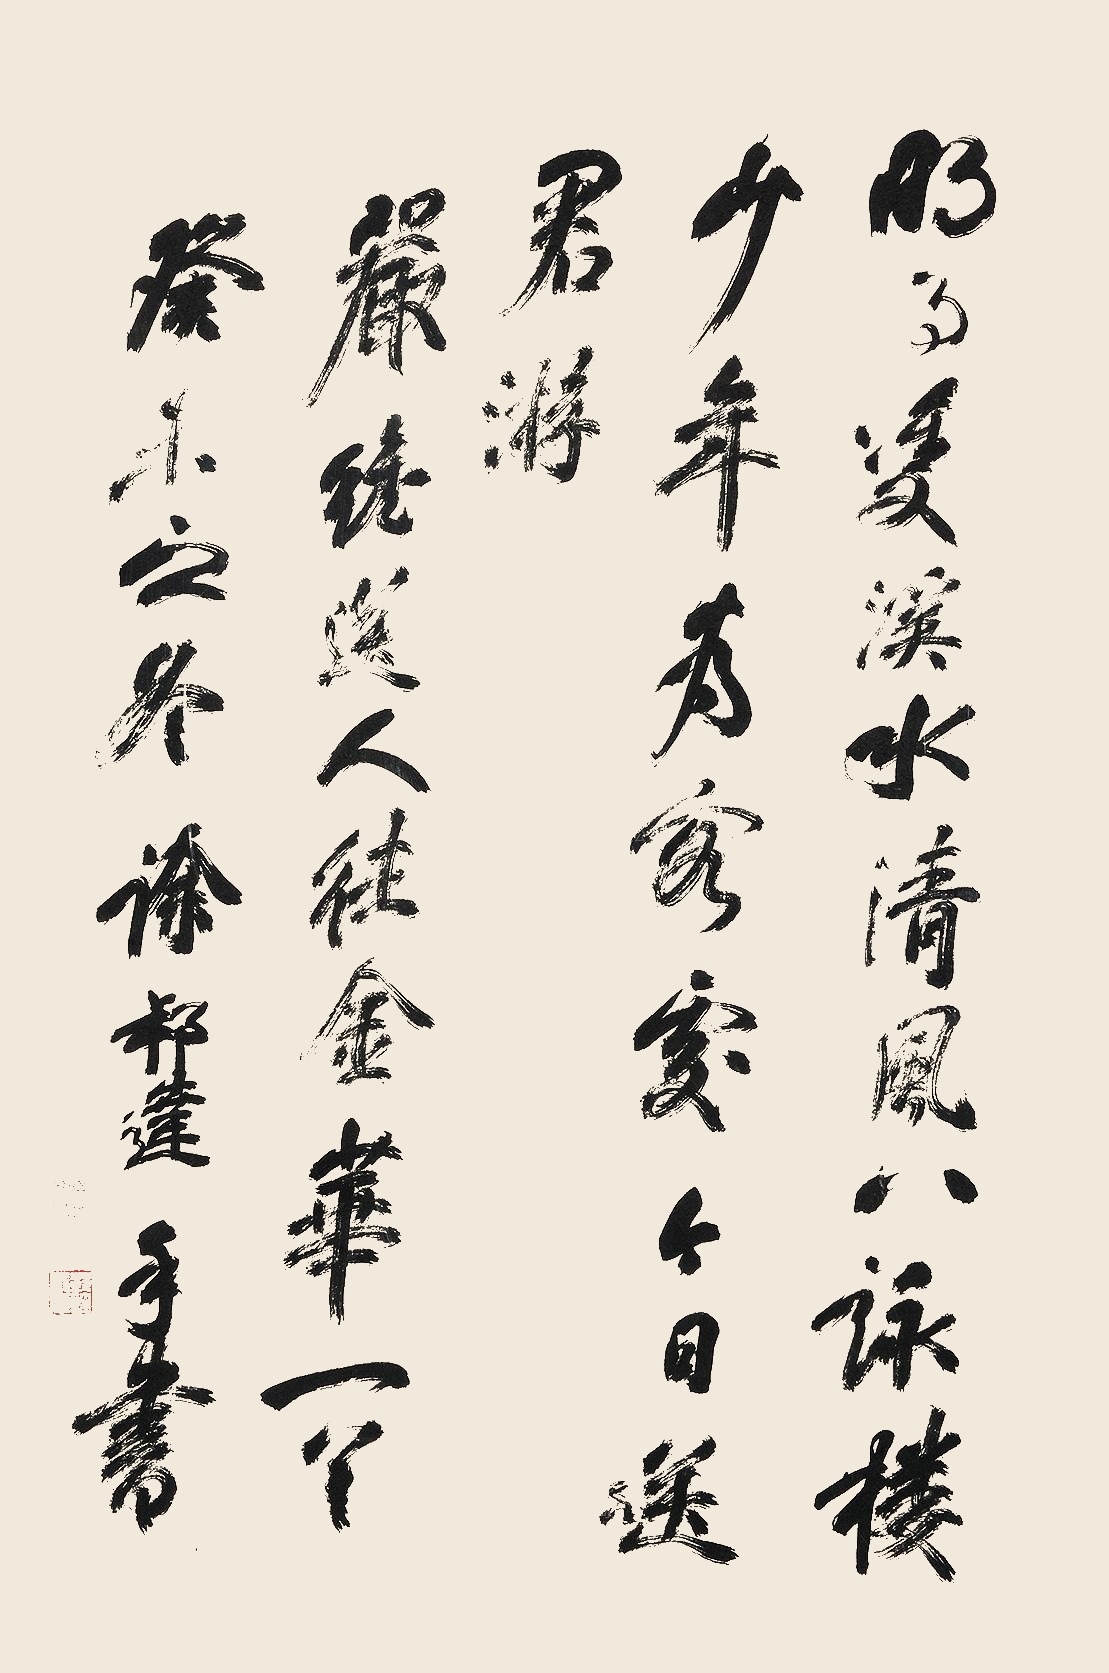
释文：明月双溪水，清风八咏楼。昔年为客处，今日送君游。严维《送人往金华》一首，癸未之冬，徐邦达手书。